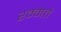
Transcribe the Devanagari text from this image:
रम्मते